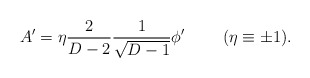
\begin{align*}A^{\prime}=\eta{2\over{D-2}}{1\over\sqrt{D-1}}\phi^{\prime}\ \ \ \ \ \ \ (\eta\equiv\pm 1).\end{align*}